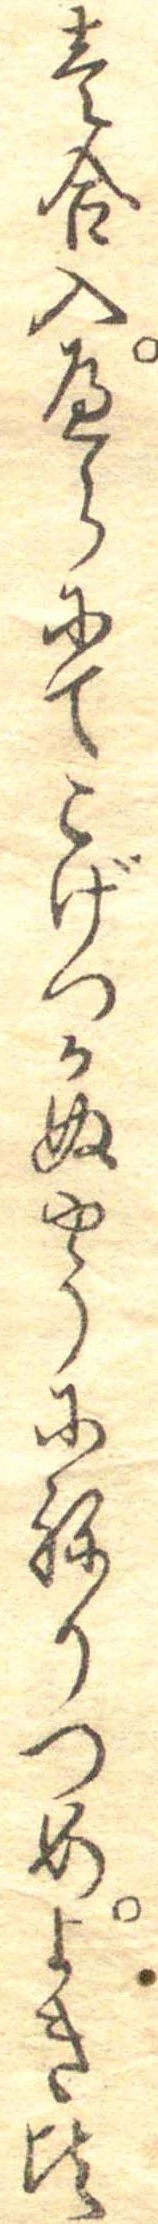
壱合入へらにてこげつかぬやうにねりつめよき頃